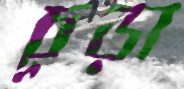
চূড়া